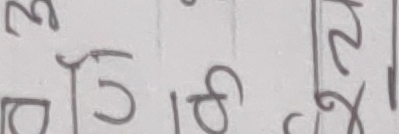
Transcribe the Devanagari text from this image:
३ उ ८ २
घ ग २